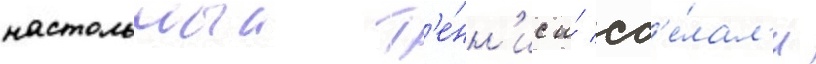
настольныи т'е́нн'ис и́ сд'е́лал'и